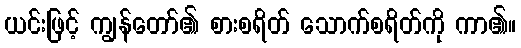
ယင်းဖြင့် ကျွန်တော်၏ စားစရိတ် သောက်စရိတ်ကို ကာ၏။